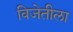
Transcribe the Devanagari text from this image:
विजेतीला